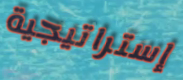
إستراتيجية